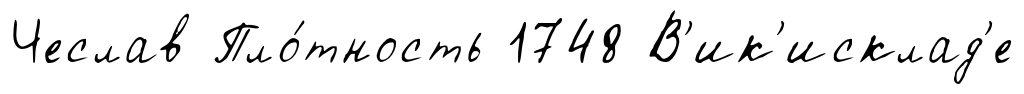
Чеслав Пло́тность 1748 В'ик'исклад'е